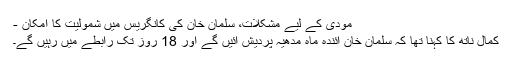
مودی کے لیے مشکلات، سلمان خان کی کانگریس میں شمولیت کا امکان -
کمال ناتھ کا کہنا تھا کہ سلمان خان آئندہ ماہ مدھیہ پردیش آئیں گے اور 18 روز تک رابطے میں رہیں گے۔